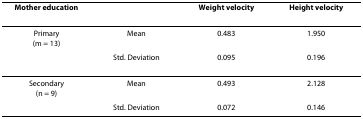
| Mother education |  | Weight velocity | Height velocity |
 | --- | --- | --- | --- |
 | Primary(m = 13) | Mean | 0.483 | 1.950 |
 |  | Std. Deviation | 0.095 | 0.196 |
 | Secondary(n = 9) | Mean | 0.493 | 2.128 |
 |  | Std. Deviation | 0.072 | 0.146 |